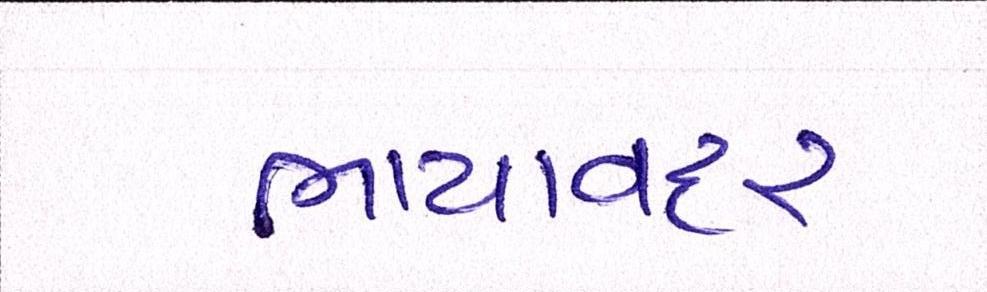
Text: ભાયાવદર